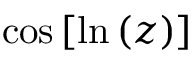
\cos { [ \ln { ( z ) } ] }